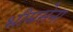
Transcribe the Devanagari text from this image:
भीमसेना